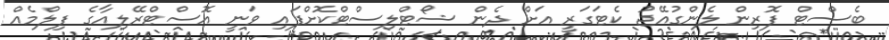
ބެސްޓް ފޮރިން ލެންގުއޭޖު ކެޓަގަރީ އަށް ދެން ޝޯޓްލިސްޓްކޮށްފައި ވަނީ އޮސްޓްރޭލިއާގެ ފިލްމެއް